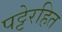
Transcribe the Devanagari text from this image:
पट्टेरहित